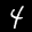
Label: 4